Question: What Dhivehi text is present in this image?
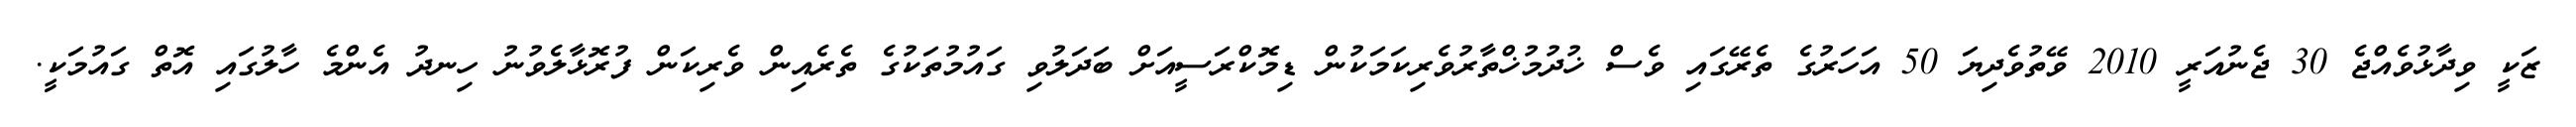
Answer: ޒަކީ ވިދާޅުވެއްޖެ 30 ޖެނުއަރީ 2010 ވޭތުވެދިޔަ 50 އަހަރުގެ ތެރޭގައި ވެސް ޚުދުމުޚްތާރުވެރިކަމަކުން ޑިމޮކްރަސީއަށް ބަދަލުވި ގައުމުތަކުގެ ތެރެއިން ވެރިކަން ފުރޮޅާލެވުނު ހިނދު އެންމެ ހާލުގައި އޮތް ގައުމަކީ.